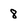
Character: 8